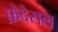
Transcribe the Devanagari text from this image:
फ़ेदेराल